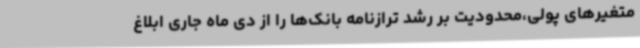
متغیرهای پولی،محدودیت بر رشد ترازنامه بانک‌ها را از دی ماه جاری ابلاغ